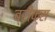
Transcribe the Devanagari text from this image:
ब्रीफ्स